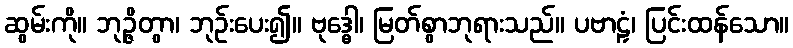
ဆွမ်းကို။ ဘုဉ္ဇိတွာ၊ ဘုဉ်းပေး၍။ ဗုဒ္ဓေါ၊ မြတ်စွာဘုရားသည်။ ပဗာဠှံ၊ ပြင်းထန်သော။